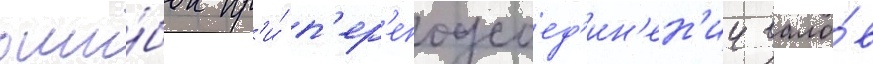
оши́бок пр'и́ п'ер'еподсоед'ин'ен'ии вало́в